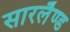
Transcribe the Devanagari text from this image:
सारलैण्ड